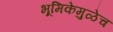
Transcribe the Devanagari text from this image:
भूमिकेमुळेच